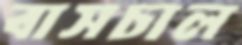
বাসচাল